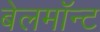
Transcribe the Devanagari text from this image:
बेलमॉन्ट